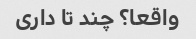
واقعا؟ چند تا داری